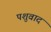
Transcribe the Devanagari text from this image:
पशुवाद